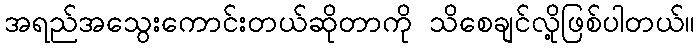
အရည်အသွေးကောင်းတယ်ဆိုတာကို သိစေချင်လို့ဖြစ်ပါတယ်။